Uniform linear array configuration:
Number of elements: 32
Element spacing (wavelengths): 0.25
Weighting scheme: hamming
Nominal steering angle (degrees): -60
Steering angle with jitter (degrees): -61.356
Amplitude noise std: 0.05
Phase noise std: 0.05

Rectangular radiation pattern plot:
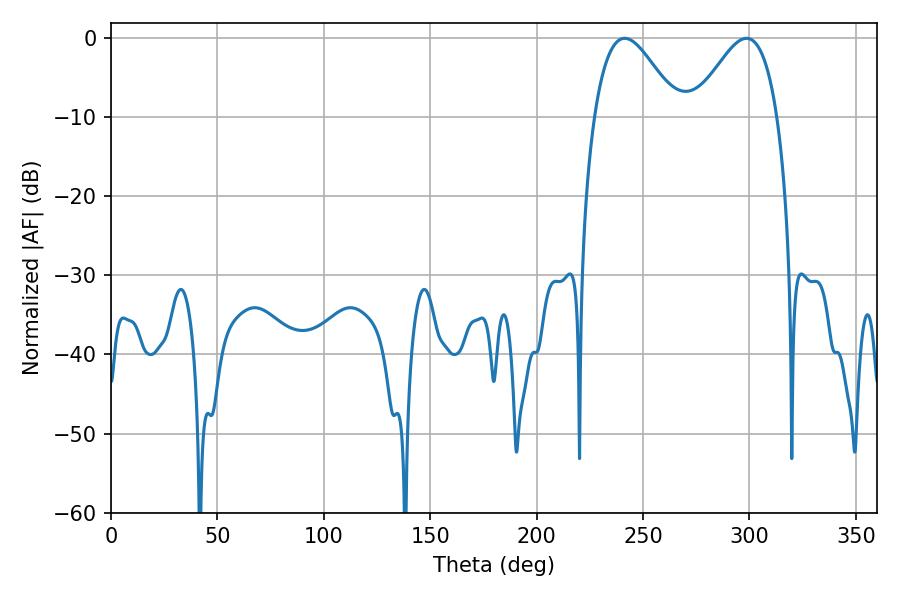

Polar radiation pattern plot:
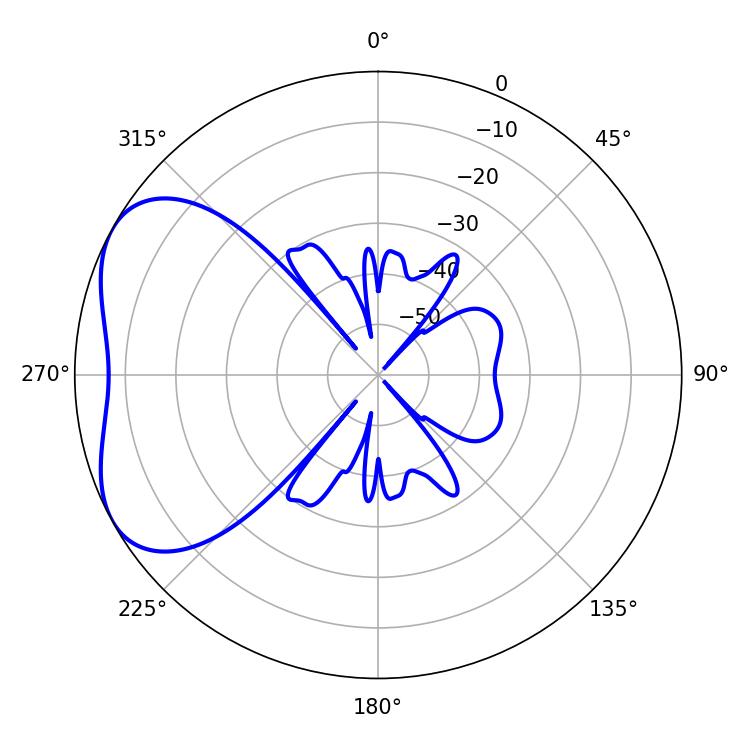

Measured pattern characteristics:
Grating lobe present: FALSE
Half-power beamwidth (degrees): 21.06
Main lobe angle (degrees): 241.38